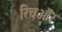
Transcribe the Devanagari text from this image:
रिचऔर